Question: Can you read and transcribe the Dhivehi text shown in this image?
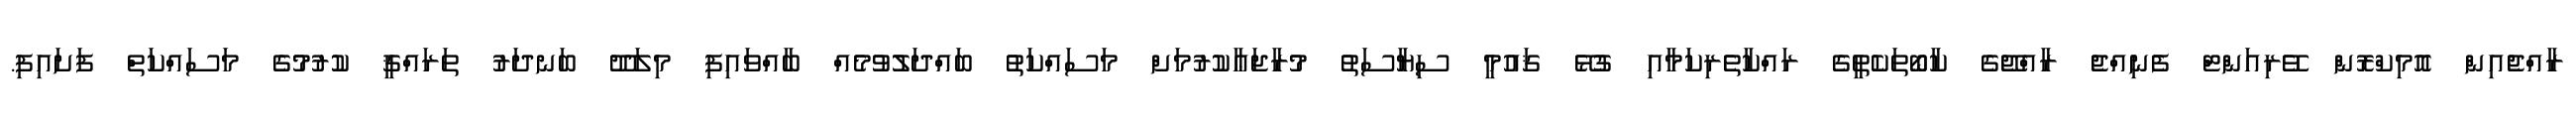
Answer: ރާއްޖެއިން އޮމިކްރޮން ވޭރިއަންޓް ފެނިއްޖެ ރާއްޖޭގެ ކާބޯތަކެތީގެ ރައްކާތެރިކަމާއި ގުޅޭ ޤައުމީ ސިޔާސަތު މުރާޖަޢާކުރުމަށް މަސައްކަތު ބައްދަލުވުމެއް ބާއްވައިފި މިލަދޫ ބަނދަރު ތަރައްޤީ ކުރުމުގެ މަސައްކަތް ފަށައިފި.